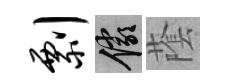
剽儼䕃